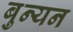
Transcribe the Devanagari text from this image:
बुन्यन